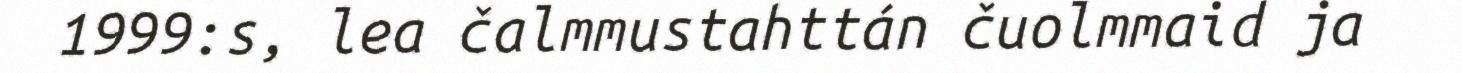
1999:s, lea čalmmustahttán čuolmmaid ja